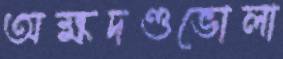
অক্ষদণ্ডভোলা